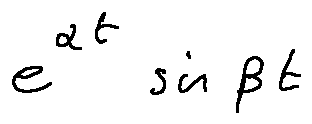
e ^ { \alpha t } \sin \beta t